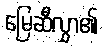
မြေဆီလွှာ၏